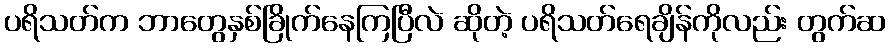
ပရိသတ်က ဘာတွေနှစ်ခြိုက်နေကြပြီလဲ ဆိုတဲ့ ပရိသတ်ရေချိန်ကိုလည်း တွက်ဆ